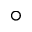
^ { \circ }